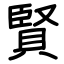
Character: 賢